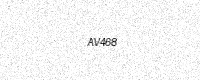
Text: AV468